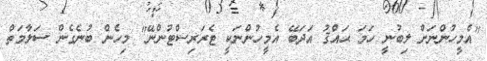
"އެމީހުންނަށް ލިބުނީ ހަމަ ޙައްޤު އަދަބޭ އެމީހުންނަކީ ޓެރަރިސްޓުންނޭ" މިހެން ބުނެގެން ސަލާމަތް